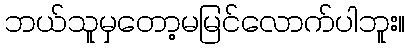
ဘယ်သူမှတော့မမြင်လောက်ပါဘူး။